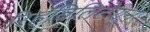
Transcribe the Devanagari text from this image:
रिहॅबिलिटेशन